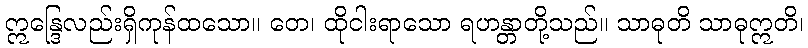
ဣန္ဒြေလည်းရှိကုန်ထသော။ တေ၊ ထိုငါးရာသော ရဟန္တာတို့သည်။ သာဓုတိ သာဓုဣတိ၊